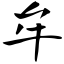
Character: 牟